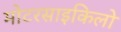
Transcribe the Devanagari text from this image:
मोटरसाइकिलो